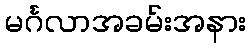
မင်္ဂလာအခမ်းအနား